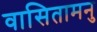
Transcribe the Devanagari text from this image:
वासितामनु